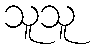
သူသူ